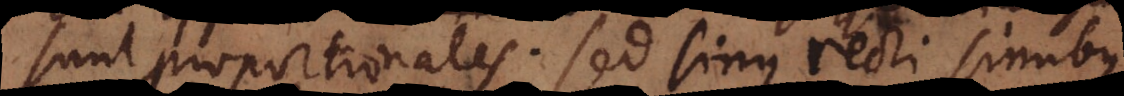
sunt proportionales. Sed sinus recti sinubus